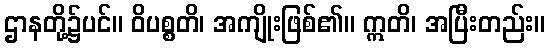
ဌာနတို့၌ပင်။ ဝိပစ္စတိ၊ အကျိုးဖြစ်၏။ ဣတိ၊ အပြီးတည်း။